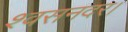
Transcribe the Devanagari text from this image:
श्वसनदर।